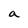
Character: a